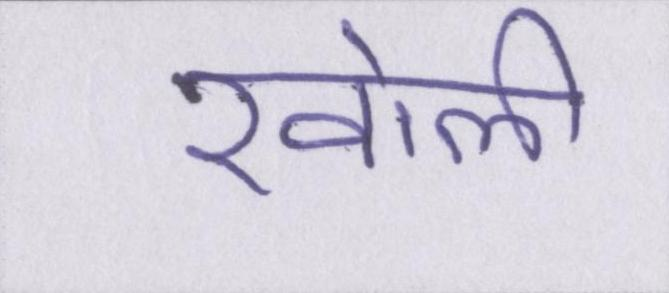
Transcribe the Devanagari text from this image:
खोली